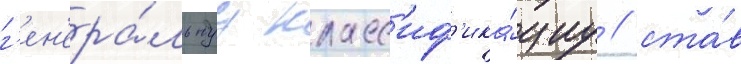
г'ен'ера́льнуу класс'иф'ика́циу / ста́в